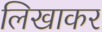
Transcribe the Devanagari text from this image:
लिखाकर